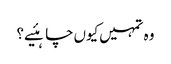
وہ تمہیں‌کیوں‌چاہئیے؟